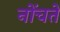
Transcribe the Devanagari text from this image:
नोंचते